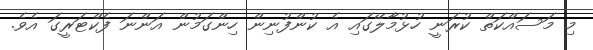
މި މަސައްކަތް ކުރަނީ ހުޅުމާލޭގައި އެ ކުންފުނިން ހިންގަމުން އަންނަ ފެކްޓަރީގަ އެވެ.